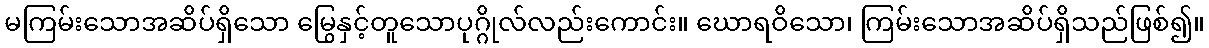
မကြမ်းသောအဆိပ်ရှိသော မြွေနှင့်တူသောပုဂ္ဂိုလ်လည်းကောင်း။ ဃောရဝိသော၊ ကြမ်းသောအဆိပ်ရှိသည်ဖြစ်၍။